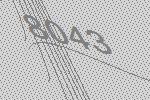
8043